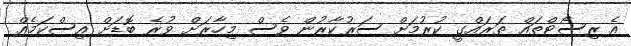
އެ ރިސޯޓްތައް ތަރައްގީ ކުރުމަށް ސަރުކާރުން ވެސް މިހާރަށް ވުރެ ބޮޑަށް އިސްކަމެއް